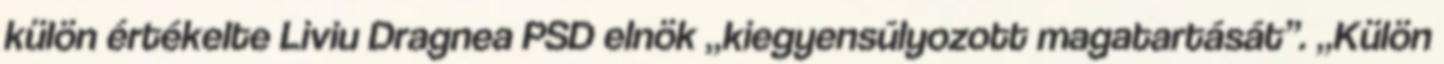
külön értékelte Liviu Dragnea PSD elnök „kiegyensúlyozott magatartását”. „Külön